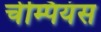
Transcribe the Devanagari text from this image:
चेम्पियंस